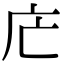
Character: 𢇜